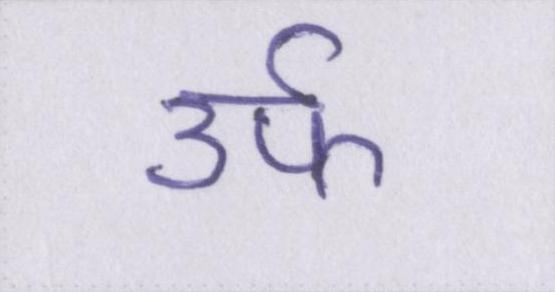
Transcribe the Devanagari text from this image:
उर्फ